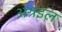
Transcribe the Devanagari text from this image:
अग्रइल